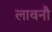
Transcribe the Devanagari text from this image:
लावनौ